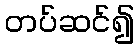
တပ်ဆင်၍